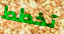
تخطط